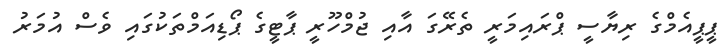
ޕީޕީއެމްގެ ރިޔާސީ ޕްރައިމަރީ ތެރޭގަ އާއި ޖުމްހޫރީ ޕާޓީގެ ޕޯޑިއަމްތަކުގައިި ވެސް އުމަރު